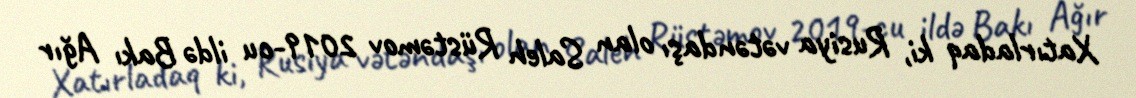
Xatırladaq ki, Rusiya vətəndaşı olan Saleh Rüstəmov 2019-cu ildə Bakı Ağır